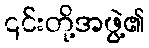
၎င်းတို့အဖွဲ့၏